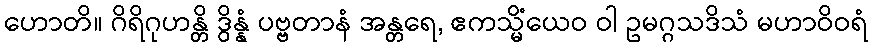
ဟောတိ။ ဂိရိဂုဟန္တိ ဒွိန္နံ ပဗ္ဗတာနံ အန္တရေ, ဧကသ္မိံယေဝ ဝါ ဥမဂ္ဂသဒိသံ မဟာဝိဝရံ